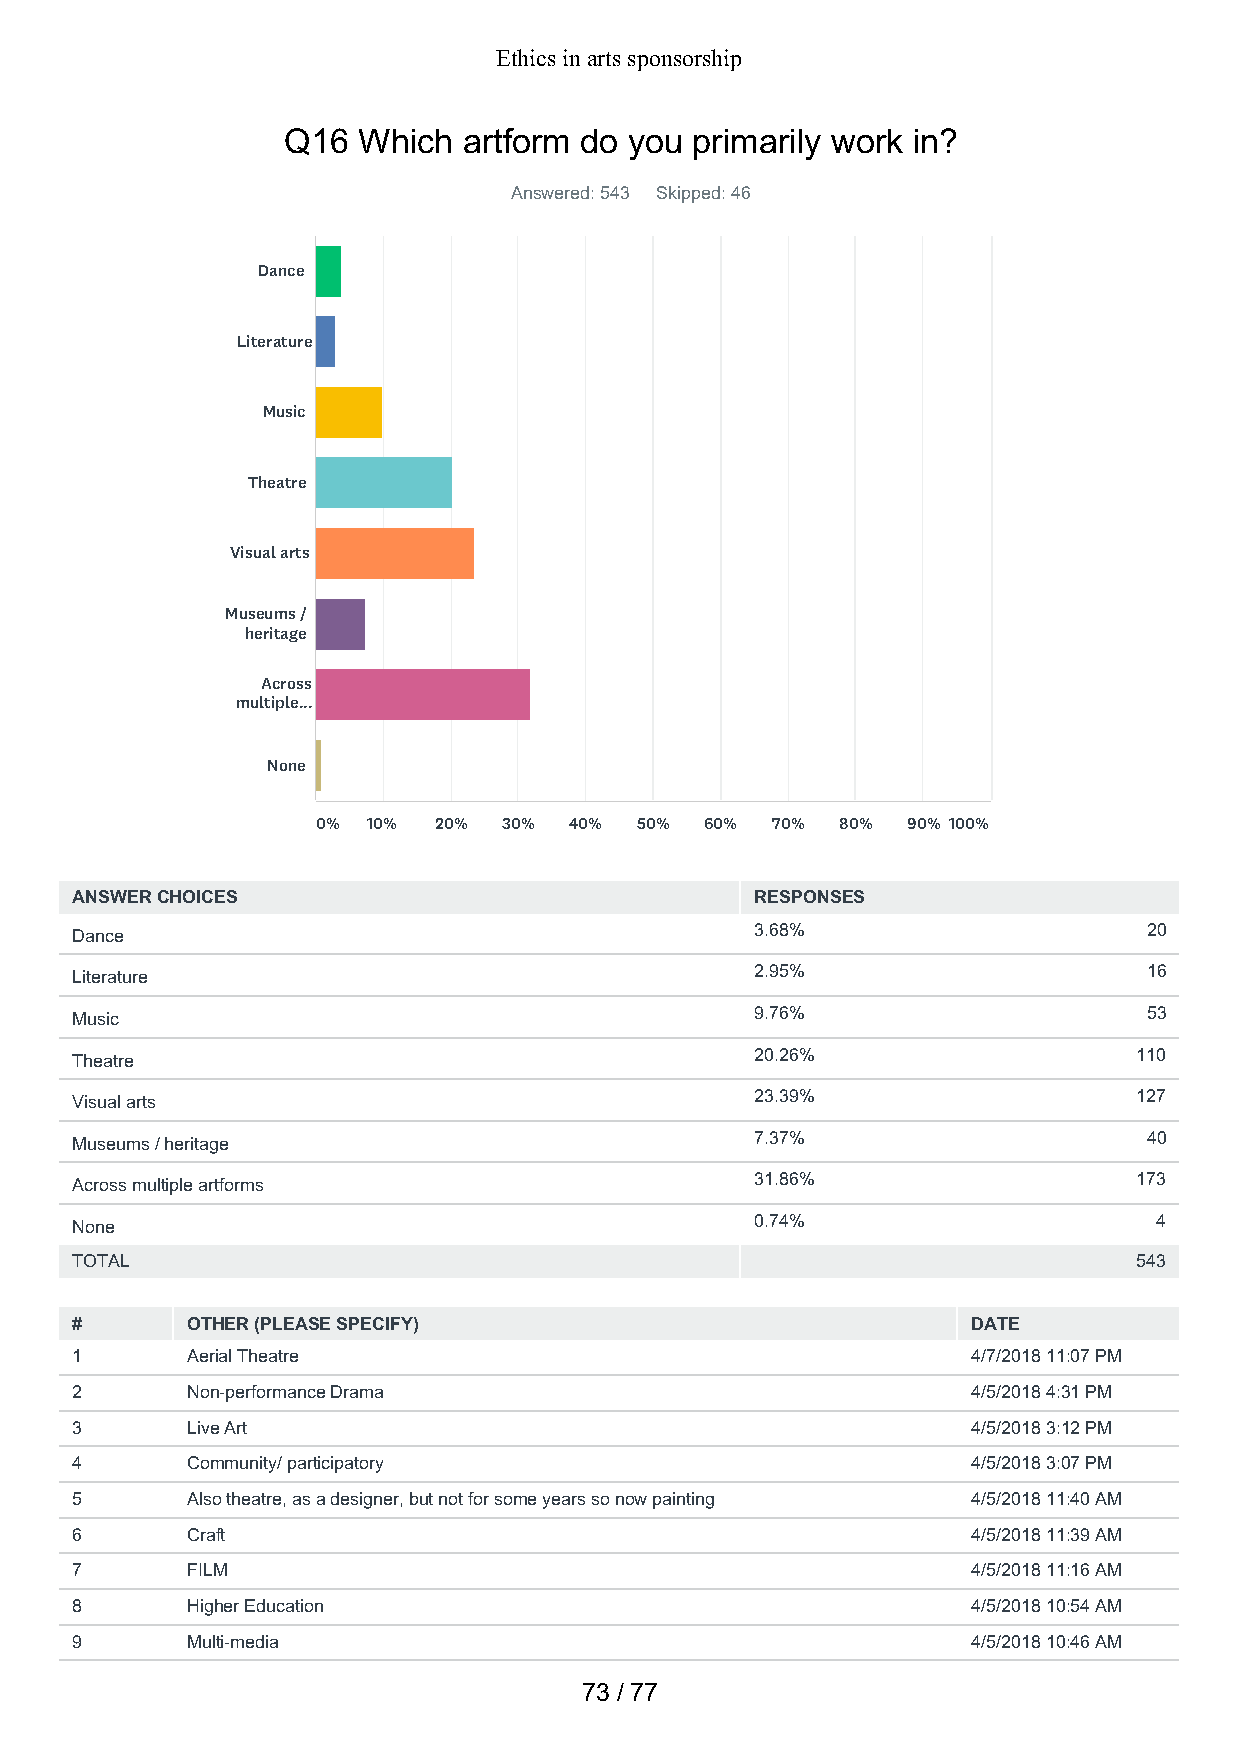
Ethics in arts sponsorship
 Q16  Which  artform do you primarily work in?
 Answered: 543 Skipped: 46
 Dance
 Literature
 Music
 Theatre
 Visual arts
 Museums /
 heritage
 Across
 multiple...
 None
 0% 10%  20% 30%  40% 50%  60% 70%  80% 90% 100%
 ANSWER CHOICES                               RESPONSES
 Dance                                        3.68%                     20
 Literature                                   2.95%                     16
 Music                                        9.76%                     53
 Theatre                                      20.26%                   110
 Visual arts                                  23.39%                   127
 Museums / heritage                           7.37%                     40
 Across multiple artforms                     31.86%                   173
 None                                         0.74%                     4
 TOTAL                                                                 543
 #      OTHER (PLEASE SPECIFY)                              DATE
 1      Aerial Theatre                                      4/7/2018 11:07 PM
 2      Non-performance Drama                               4/5/2018 4:31 PM
 3      Live Art                                            4/5/2018 3:12 PM
 4      Community/ participatory                            4/5/2018 3:07 PM
 5      Also theatre, as a designer, but not for some years so now painting 4/5/2018 11:40 AM
 6      Craft                                               4/5/2018 11:39 AM
 7      FILM                                                4/5/2018 11:16 AM
 8      Higher Education                                    4/5/2018 10:54 AM
 9      Multi-media                                         4/5/2018 10:46 AM
 73 / 77